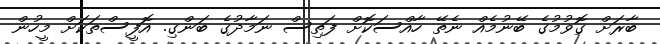
ބާރަށް ގޮވުމުގެ ބޭނުމެއް ނެތޭ ހާއްސަކޮށް ފަތިސް ނަމާދުގެ ބަންގި. އޮފީސްތަކަށް މީހުން